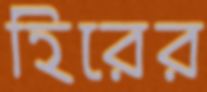
হিরের